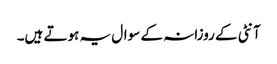
آنٹی کے روزانہ کے سوال یہ ہوتے ہیں۔